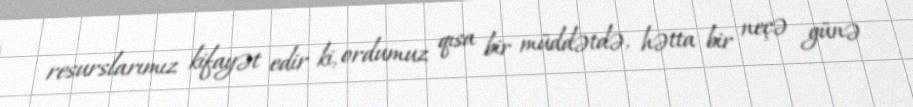
resurslarımız kifayət edir ki, ordumuz qısa bir müddətdə, hətta bir neçə günə